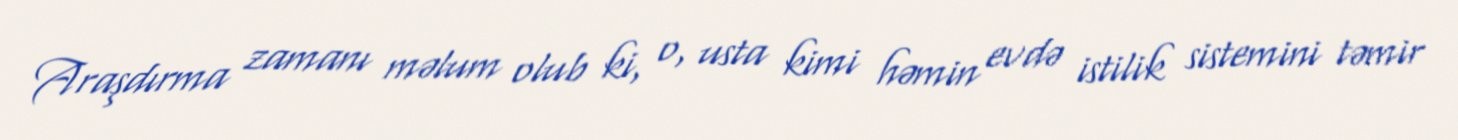
Araşdırma zamanı məlum olub ki, o, usta kimi həmin evdə istilik sistemini təmir